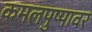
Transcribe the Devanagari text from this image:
कमलपुष्पावर